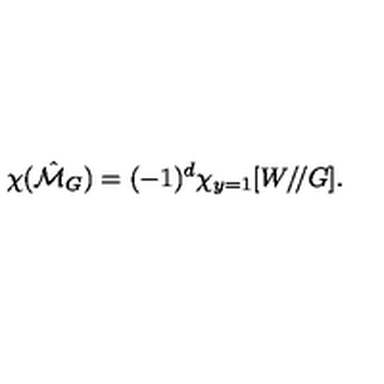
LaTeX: \chi ( \hat { \cal M } _ { G } ) = ( - 1 ) ^ { d } \chi _ { y = 1 } [ W / \! / G ] .